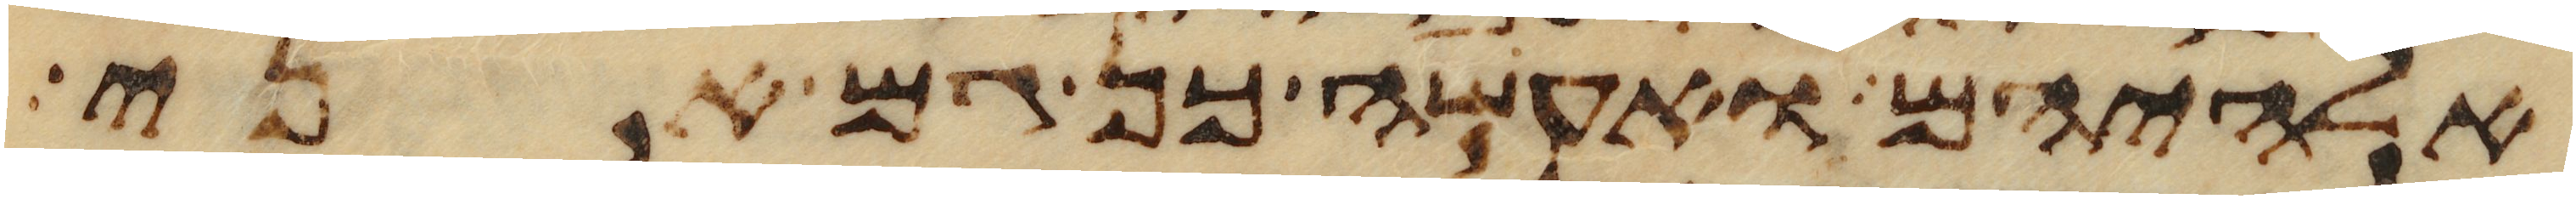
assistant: אלהיהם ואעשה כן גם אני